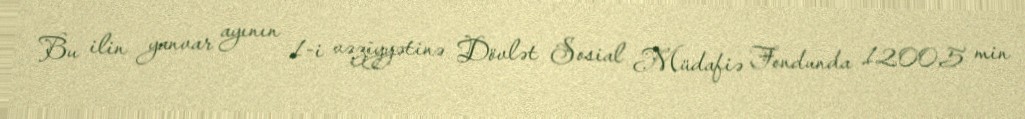
Bu ilin yanvar ayının 1-i vəziyyətinə Dövlət Sosial Müdafiə Fondunda 1200,5 min